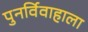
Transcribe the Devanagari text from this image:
पुनर्विवाहाला